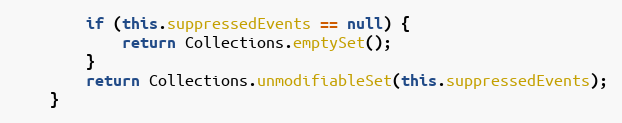
Language: Java
        if (this.suppressedEvents == null) {
            return Collections.emptySet();
        }
        return Collections.unmodifiableSet(this.suppressedEvents);
    }